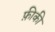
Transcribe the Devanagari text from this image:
फ़ीकी